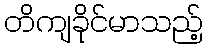
တိကျခိုင်မာသည့်